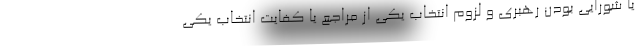
یا شورایی بودن رهبری و لزوم انتخاب یکی از مراجع یا کفایت انتخاب یکی